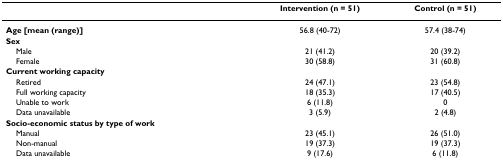
<table><thead><tr><td></td><td><b>Intervention (n = 51)</b></td><td><b>Control (n = 51)</b></td></tr></thead><tbody><tr><td><b>Age [mean (range)]</b></td><td>56.8 (40-72)</td><td>57.4 (38-74)</td></tr><tr><td><b>Sex</b></td><td></td><td></td></tr><tr><td> Male</td><td>21 (41.2)</td><td>20 (39.2)</td></tr><tr><td> Female</td><td>30 (58.8)</td><td>31 (60.8)</td></tr><tr><td><b>Current working capacity</b></td><td></td><td></td></tr><tr><td> Retired</td><td>24 (47.1)</td><td>23 (54.8)</td></tr><tr><td> Full working capacity</td><td>18 (35.3)</td><td>17 (40.5)</td></tr><tr><td> Unable to work</td><td>6 (11.8)</td><td>0</td></tr><tr><td> Data unavailable</td><td>3 (5.9)</td><td>2 (4.8)</td></tr><tr><td><b>Socio-economic status by type of work</b></td><td></td><td></td></tr><tr><td> Manual</td><td>23 (45.1)</td><td>26 (51.0)</td></tr><tr><td> Non-manual</td><td>19 (37.3)</td><td>19 (37.3)</td></tr><tr><td> Data unavailable</td><td>9 (17.6)</td><td>6 (11.8)</td></tr></tbody></table>